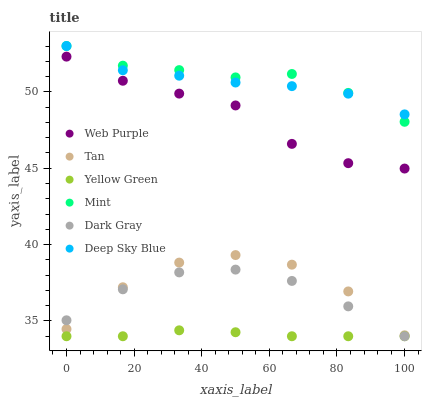
| xaxis_label | Web Purple | Tan | Yellow Green | Mint | Dark Gray | Deep Sky Blue |
 | --- | --- | --- | --- | --- | --- | --- |
 | 0 | 52.3 | 34.5 | 34 | 53 | 35 | 53 |
 | 16.7 | 50.7 | 37.2 | 34 | 51.7 | 37.1 | 51.4 |
 | 33.3 | 49.9 | 38.8 | 34.4 | 51.4 | 38.2 | 51.1 |
 | 50 | 49.1 | 39.3 | 34.3 | 50.9 | 38.4 | 50.6 |
 | 66.7 | 46.6 | 38.7 | 34 | 51.2 | 37.6 | 50.4 |
 | 83.3 | 45.3 | 36.9 | 34 | 49.9 | 36 | 49.9 |
 | 100 | 45 | 34.1 | 34 | 48 | 34 | 48.5 |